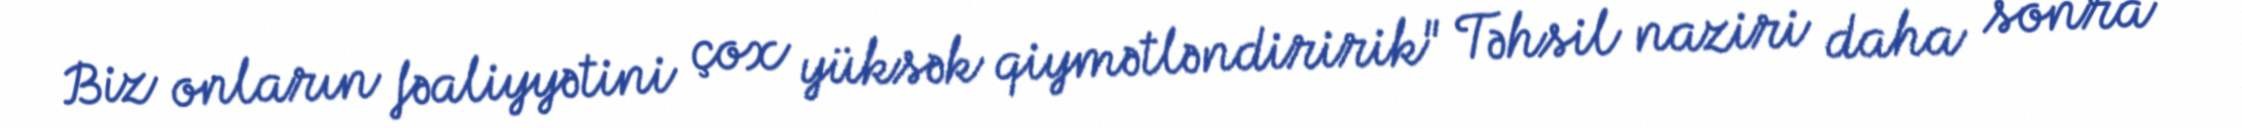
Biz onların fəaliyyətini çox yüksək qiymətləndiririk" Təhsil naziri daha sonra